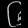
Digit: ၆